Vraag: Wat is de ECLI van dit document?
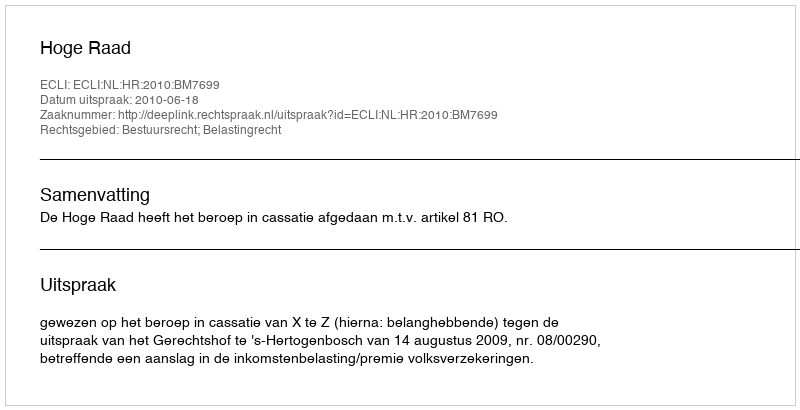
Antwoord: ECLI:NL:HR:2010:BM7699